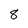
Character: 8